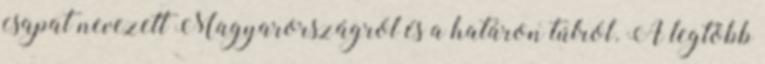
csapat nevezett Magyarországról és a határon túlról. A legtöbb